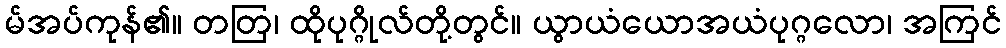
မ်အပ်ကုန်၏။ တတြ၊ ထိုပုဂ္ဂိုလ်တို့တွင်။ ယွာယံယောအယံပုဂ္ဂလော၊ အကြင်